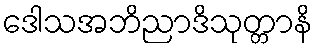
ဒေါသအဘိညာဒိသုတ္တာနိ